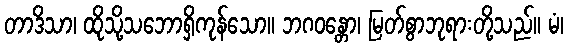
တာဒိသာ၊ ထိုသို့သဘောရှိကုန်သော။ ဘဂဝန္တော၊ မြတ်စွာဘုရားတို့သည်။ မံ၊